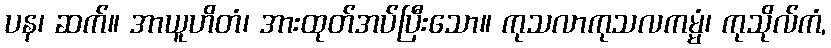
ပန၊ ဆက်။ အာယူဟိတံ၊ အားထုတ်အပ်ပြီးသော။ ကုသလာကုသလကမ္မံ၊ ကုသိုလ်ကံ,